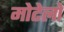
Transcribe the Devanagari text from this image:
मोटेलो